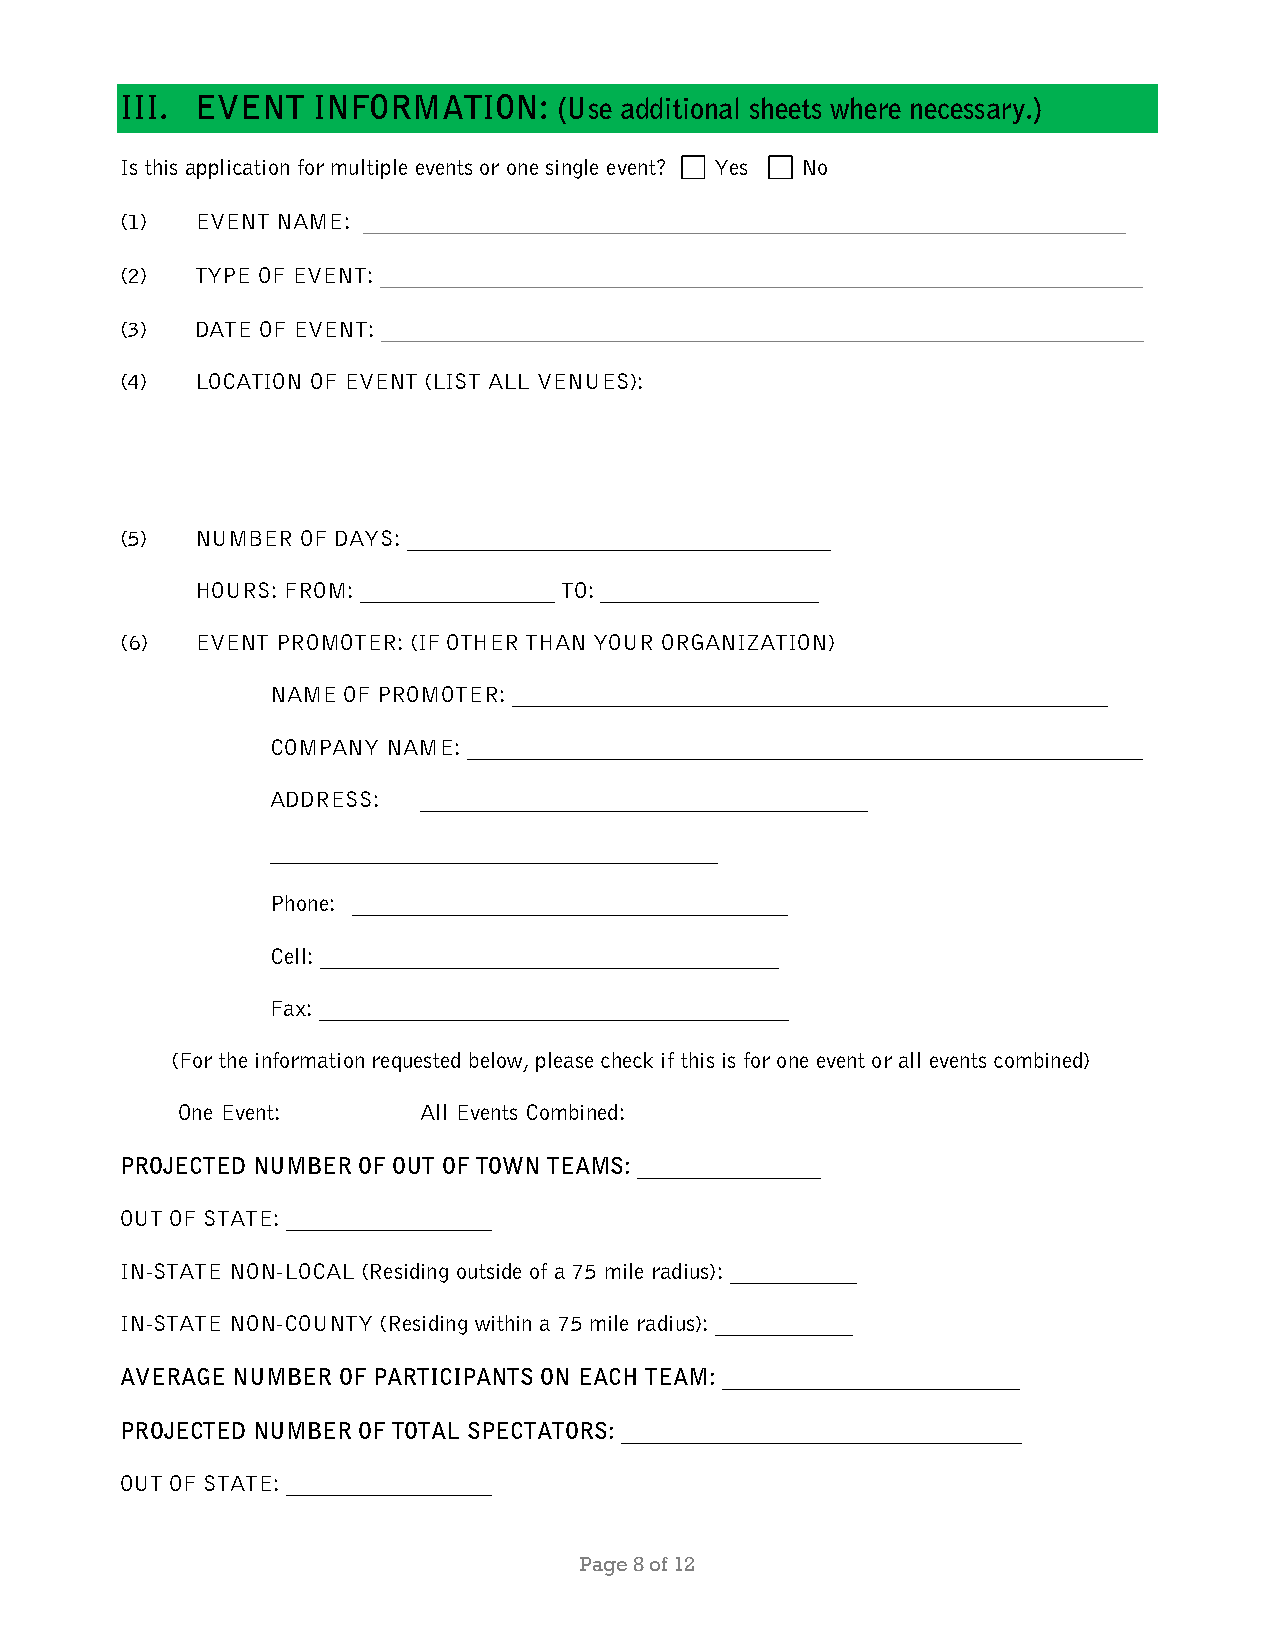
III. EVENT   INFORMATION:    (Use additional sheets where necessary.)
 Is this application for multiple events or one single event? Yes No
 (1)  EVENT NAME: _____________________________________________________________
 (2)  TYPE OF EVENT: _____________________________________________________________
 (3)  DATE OF EVENT: _____________________________________________________________
 (4)  LOCATION OF EVENT (LIST ALL VENUES):
 (5)  NUMBER OF DAYS: _____________________________________
 HOURS: FROM: _________________ TO: ___________________
 (6)  EVENT PROMOTER: (IF OTHER THAN YOUR ORGANIZATION)
 NAME OF PROMOTER: ____________________________________________________
 COMPANY NAME: ___________________________________________________________
 ADDRESS:  _______________________________________
 _______________________________________
 Phone: ______________________________________
 Cell: ________________________________________
 Fax: _________________________________________
 (For the information requested below, please check if this is for one event or all events combined)
 One Event:      All Events Combined:
 PROJECTED NUMBER OF OUT OF TOWN TEAMS: ________________
 OUT OF STATE: __________________
 IN-STATE NON-LOCAL (Residing outside of a 75 mile radius): ___________
 IN-STATE NON-COUNTY (Residing within a 75 mile radius): ____________
 AVERAGE NUMBER OF PARTICIPANTS ON EACH TEAM: __________________________
 PROJECTED NUMBER OF TOTAL SPECTATORS: ___________________________________
 OUT OF STATE: __________________
 Page 8 of 12